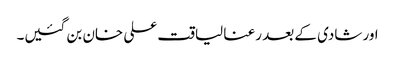
اور شادی کے بعد رعنا لیاقت علی خان بن گئیں۔